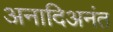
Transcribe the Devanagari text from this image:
अनादिअनंत